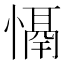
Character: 𢡤